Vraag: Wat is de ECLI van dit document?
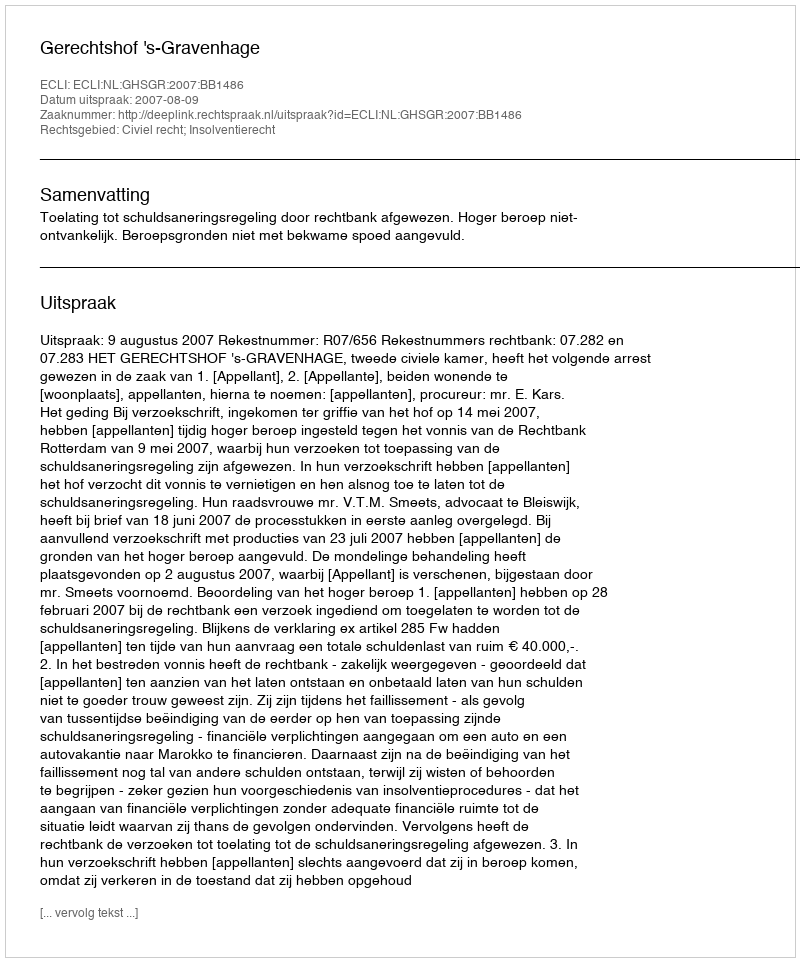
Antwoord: ECLI:NL:GHSGR:2007:BB1486